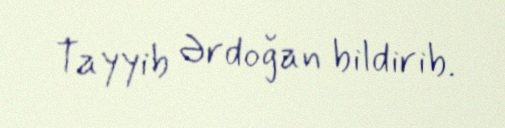
Tayyib Ərdoğan bildirib.